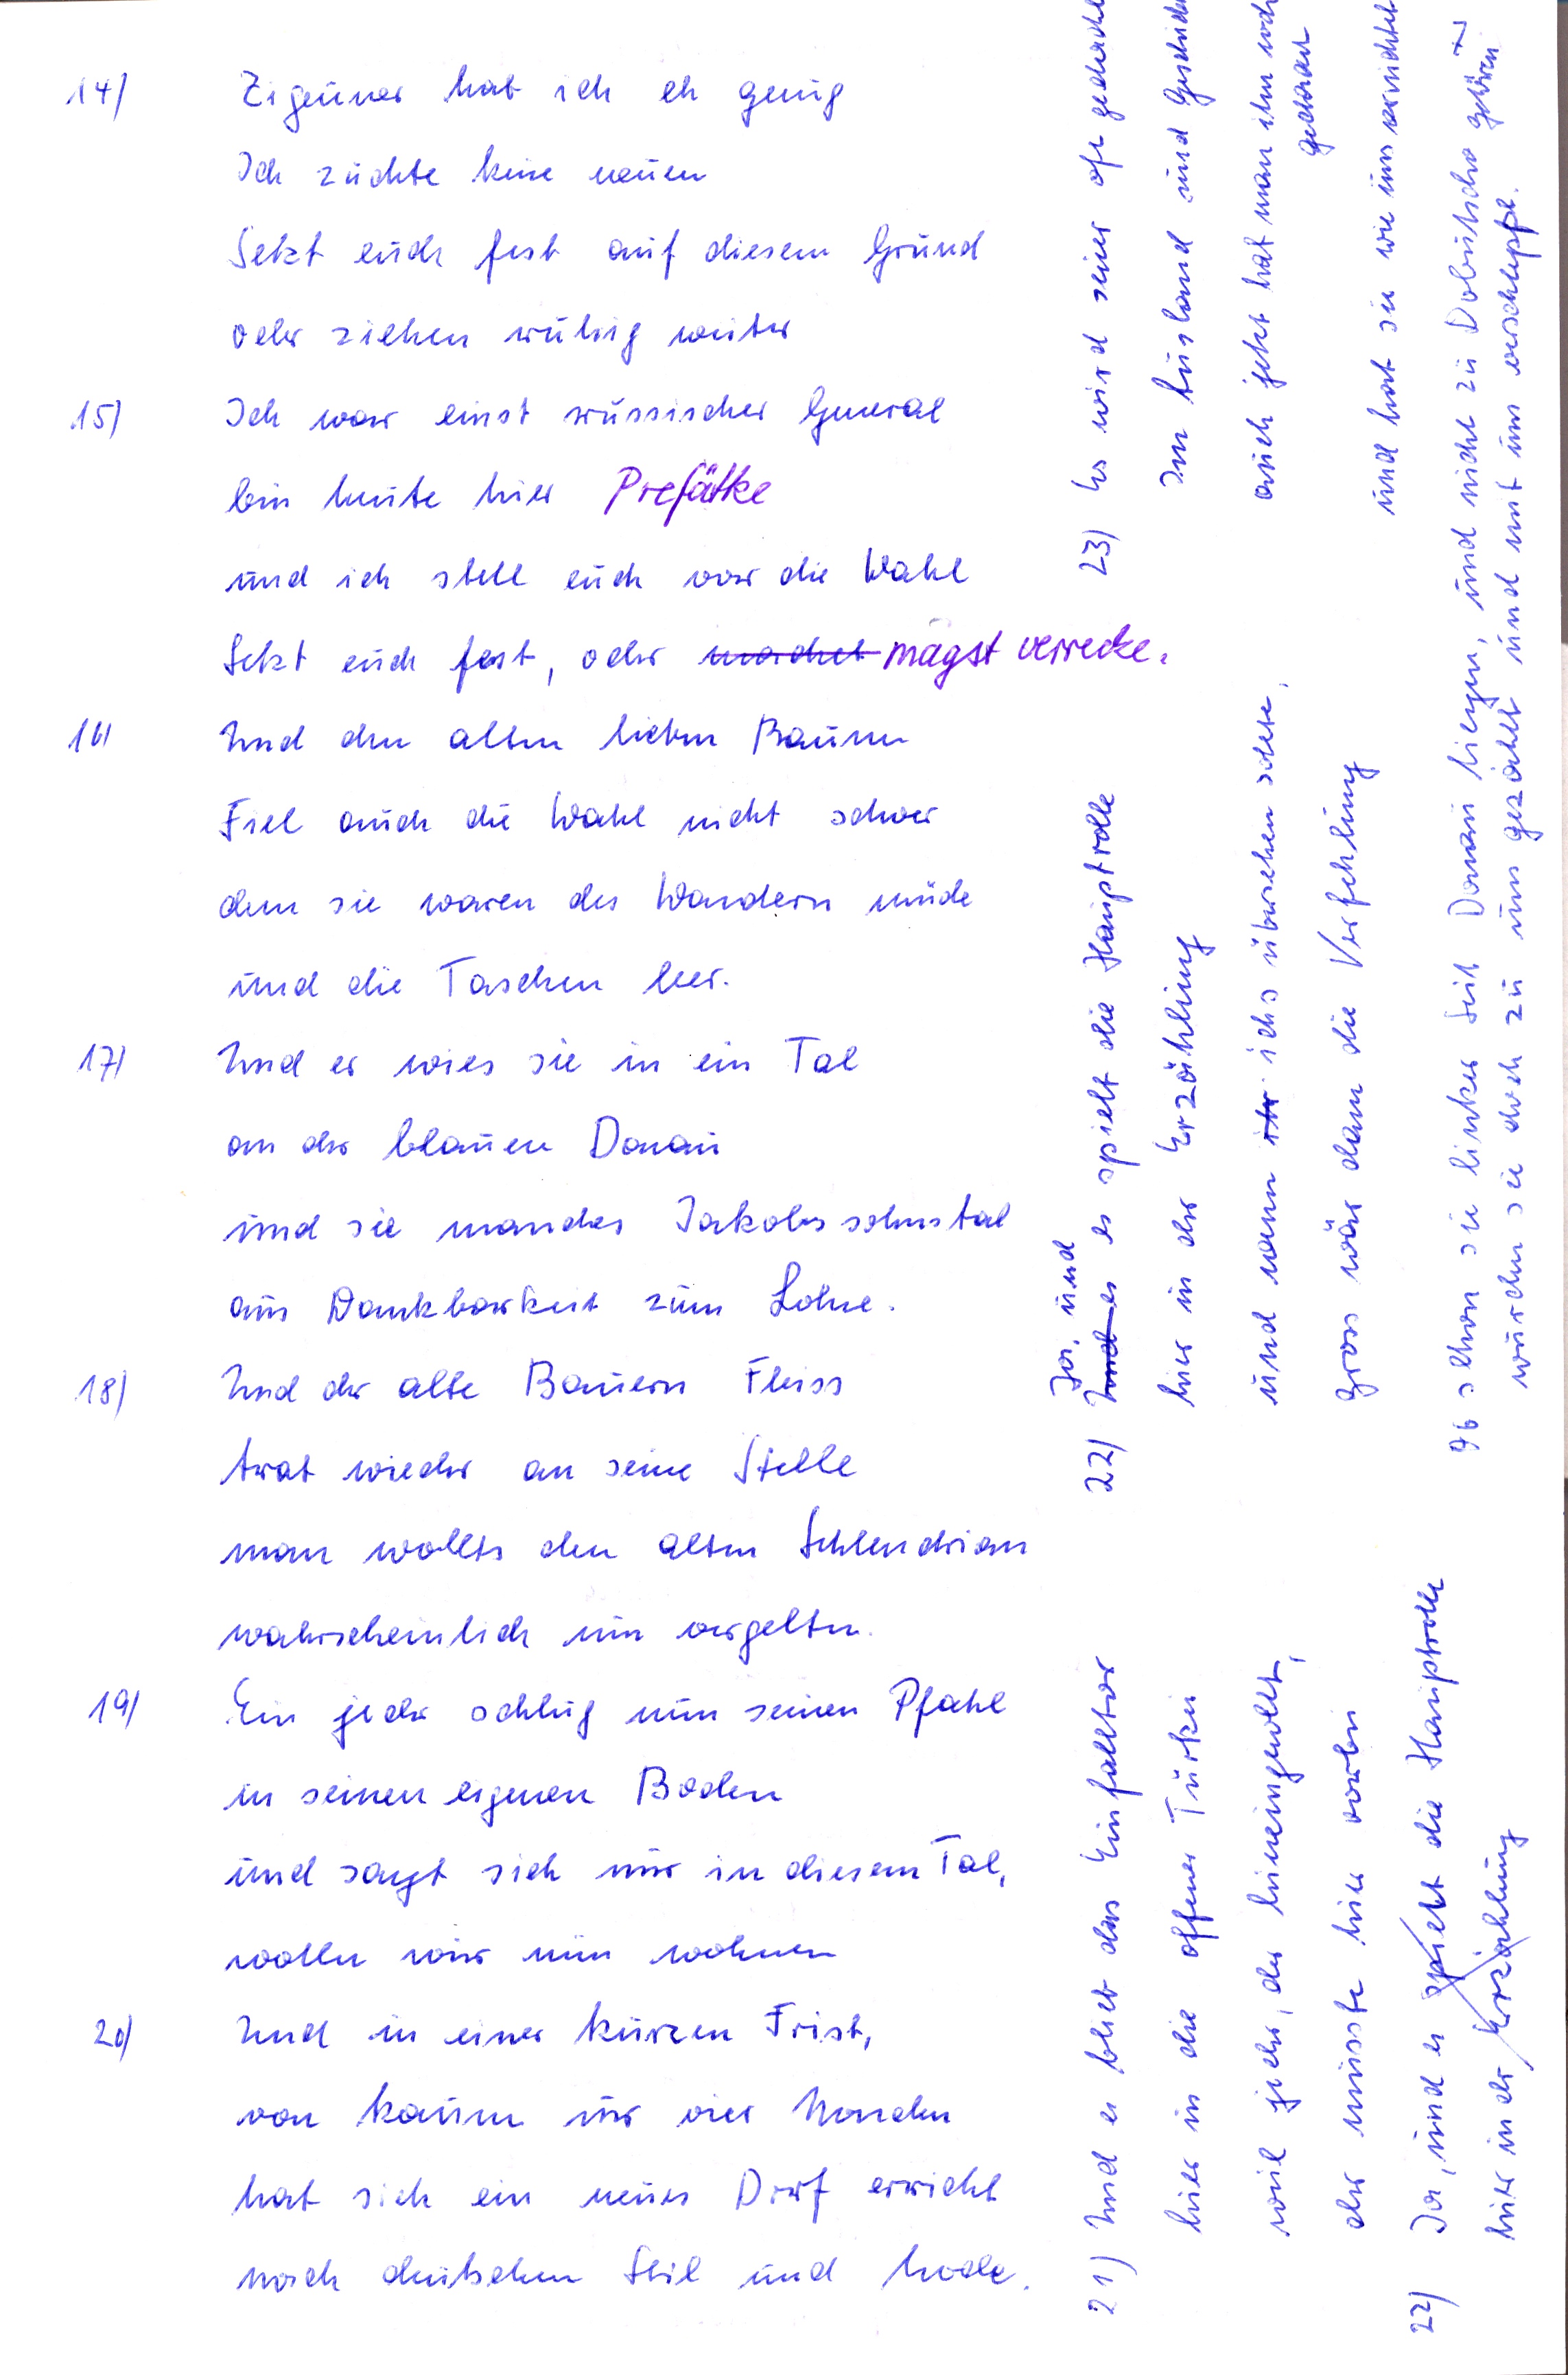
14) Zigeuner hab ich eh genug
Ich züchte keine neuen
Setzt euch fest auf diesem Grund
oder ziehen ruhig weiter
15) Ich war einst russischer General
bin heute hier Prefätke
und ich stell euch vor die Wahl
Setzt euch fest, oder machet magst verrecke.
16) Und den allen lieben Bauern
Fiel auch die Wahl nicht schwer
denn sie waren des Wandern müde
und die Taschen leer.
17) Und er wies sie in ein Tal
an der blauen Donau
und sie mandes Jakobssohnstal
aus Dankbarkeit zum Lohne.
18) Und der alte Bauern Fleiss
trat wieder an seine Stelle
man wollts den altem Schlendrian
wahrscheinlich nun vergelten
19) Ein jeder schlug nun seinen Pfahl
in seinen eignen Boden
und sagt sich nur in diesem Tal,
wolln wir nun wohnen
20) Und in einer kurzen Frist,
von kaum nur vier Monden
hat sich ein neues Dorf erricht
nach deutschem Stil und Mode.